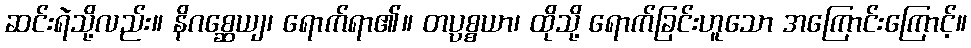
ဆင်းရဲသို့လည်း။ နိဂစ္ဆေယျ၊ ရောက်ရာ၏။ တပ္ပစ္စယာ၊ ထိုသို့ ရောက်ခြင်းဟူသော အကြောင်းကြောင့်။